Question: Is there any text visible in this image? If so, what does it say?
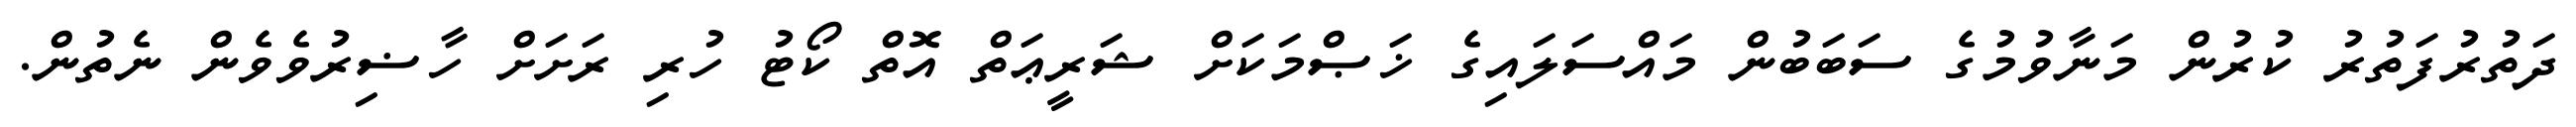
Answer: ދަތުރުފަތުރު ކުރުން މަނާވުމުގެ ސަބަބުން މައްސަލައިގެ ޚަޞްމަކަށް ޝަރީޢަތް އޮތް ކޯޓު ހުރި ރަށަށް ހާޟިރުވެވެން ނެތުން.